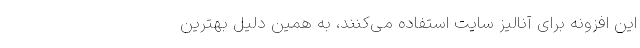
این افزونه‌ برای آنالیز سایت استفاده می‌کنند، به همین دلیل بهترین